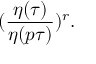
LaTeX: ( \frac { \eta ( { \tau } ) } { \eta ( p \tau ) } ) ^ { r } .